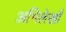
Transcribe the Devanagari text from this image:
अभिलेखोँ